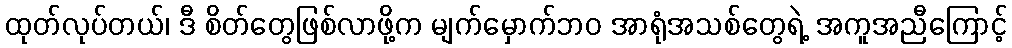
ထုတ်လုပ်တယ်၊ ဒီ စိတ်တွေဖြစ်လာဖို့က မျက်မှောက်ဘဝ အာရုံအသစ်တွေရဲ့ အကူအညီကြောင့်